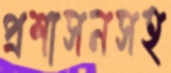
প্রশাসনসহ